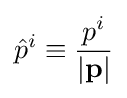
{\hat {p}}^{i}\equiv {\frac {p^{i}}{|\mathbf {p} |}}